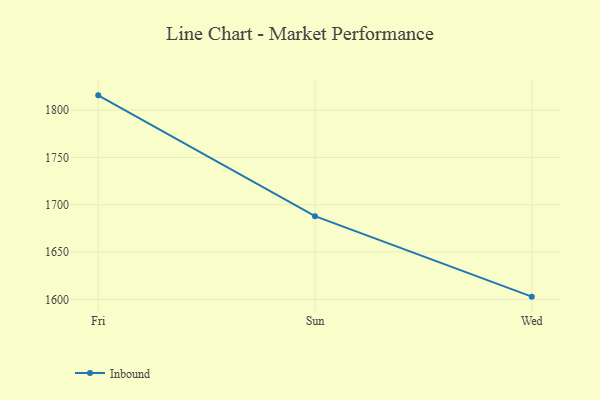
{"axis": {"x": "Day", "y": "Customer Acquisition Cost (USD)"}, "legend": ["Inbound"], "data": [{"x": "Fri", "y": 1815.7, "type": "Inbound"}, {"x": "Sun", "y": 1687.9, "type": "Inbound"}, {"x": "Wed", "y": 1602.8, "type": "Inbound"}]}